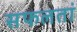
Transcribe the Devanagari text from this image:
सफलतां